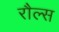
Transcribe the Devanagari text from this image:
रौल्स